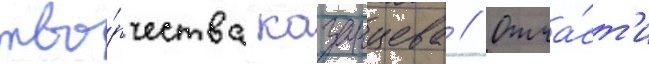
тво́рчества казанцева // Отча́ст'и